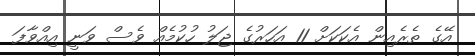
އޭގެ ތެރެއިން އެކަކަށް 11 އަހަރުގެ ޖަލު ހުކުމެއް ވެސް ވަނީ އިއްވާފަ